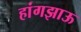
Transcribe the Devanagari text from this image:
हांगझाऊ